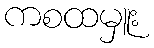
ကစထမှူး